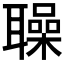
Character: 𦗵